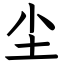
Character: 尘